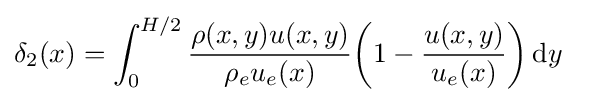
\delta _{2}(x)=\int _{0}^{H/2}{{\rho (x,y)u(x,y) \over \rho _{e}u_{e}(x)}{\left(1-{u(x,y) \over u_{e}(x)}\right)}}\,\mathrm {d} y\quad